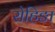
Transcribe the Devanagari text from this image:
रोहिङा